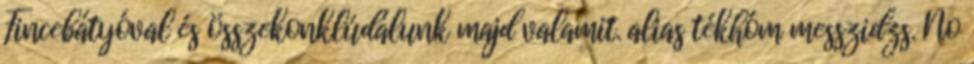
Fincebátyóval és összekonklúdálunk majd valamit. alias tékhóm messzidzs. No